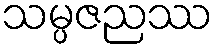
သမ္ပဇညဿ